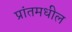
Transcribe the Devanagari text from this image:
प्रांतमधील